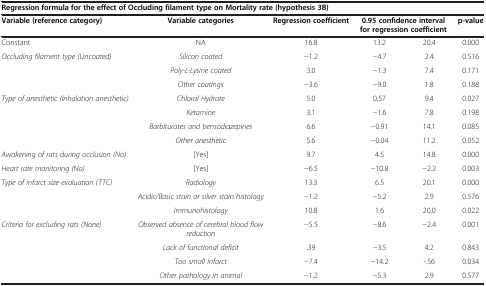
| <COLSPAN=6> Regression formula for the effect of Occluding filament type on Mortality rate (hypothesis 3B) |
 | Variable (reference category) | Variable categories | Regression coefficient | <COLSPAN=2> 0.95 confidence interval for regression coefficient | p-value |
 | --- | --- | --- | --- | --- | --- |
 | Constant | NA | 16.8 | 13.2 | 20.4 | 0.000 |
 | <ROWSPAN=3> Occluding filament type (Uncoated) | Silicon coated | −1.2 | −4.7 | 2.4 | 0.516 |
 | Poly-L-Lysine coated | 3.0 | −1.3 | 7.4 | 0.171 |
 | Other coatings | −3.6 | −9.0 | 1.8 | 0.188 |
 | <ROWSPAN=4> Type of anesthetic (Inhalation anesthetic) | Chloral Hydrate | 5.0 | 0.57 | 9.4 | 0.027 |
 | Ketamine | 3.1 | −1.6 | 7.8 | 0.198 |
 | Barbiturates and bensodiazepines | 6.6 | −0.91 | 14.1 | 0.085 |
 | Other anesthetic | 5.6 | −0.04 | 11.2 | 0.052 |
 | Awakening of rats during occlusion (No) | [Yes] | 9.7 | 4.5 | 14.8 | 0.000 |
 | Heart rate monitoring (No) | [Yes] | −6.5 | −10.8 | −2.2 | 0.003 |
 | <ROWSPAN=3> Type of infarct size evaluation (TTC) | Radiology | 13.3 | 6.5 | 20.1 | 0.000 |
 | Acidic/Basic stain or silver stain histology | −1.2 | −5.2 | 2.9 | 0.576 |
 | Immunohistology | 10.8 | 1.6 | 20.0 | 0.022 |
 | <ROWSPAN=4> Criteria for excluding rats (None) | Observed absence of cerebral blood flow reduction | −5.5 | −8.6 | −2.4 | 0.001 |
 | Lack of functional deficit | .39 | −3.5 | 4.2 | 0.843 |
 | Too small infarct | −7.4 | −14.2 | -.56 | 0.034 |
 | Other pathology in animal | −1.2 | −5.3 | 2.9 | 0.577 |